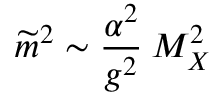
\widetilde { m } ^ { 2 } \sim { \frac { \alpha ^ { 2 } } { g ^ { 2 } } } \: M _ { X } ^ { 2 }